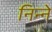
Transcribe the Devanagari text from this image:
निन्ने